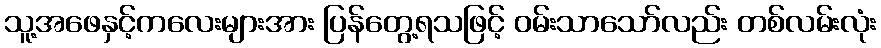
သူ့အဖေနှင့်ကလေးများအား ပြန်တွေ့ရသဖြင့် ဝမ်းသာသော်လည်း တစ်လမ်းလုံး